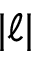
\lvert \ell \rvert